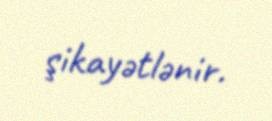
şikayətlənir.